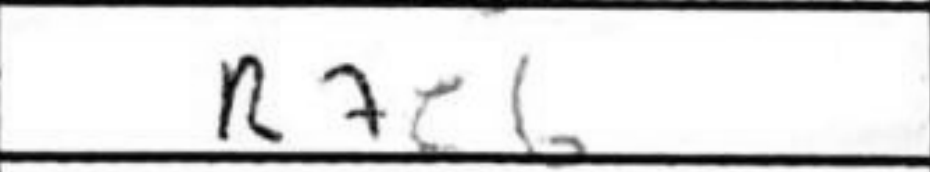
Transcription: Re6